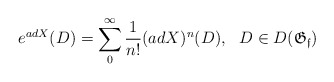
\begin{align*}e^{adX}(D) = \sum_{0}^\infty\frac{1}{n!}(adX)^n(D),~~ D\in D(\mathfrak{G_f})\end{align*}